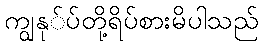
ကျွနု်ပ်တို့ရိပ်စားမိပါသည်